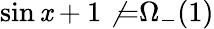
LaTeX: \sin\mathit{x}+1\not{=}\Omega_{-}(1)